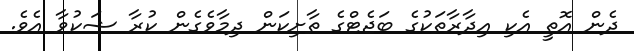
ދެން އޮތީ އެކި އިދާރާތަކުގެ ބަޖެޓްގެ ތާށިކަން ދިމާވެގެން ކުރާ ޝަކުވާ އެވެ.